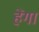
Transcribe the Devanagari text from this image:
हेंगा